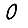
Digit: 0